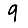
Digit: 9